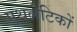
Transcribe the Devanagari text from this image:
एथलेटिकों